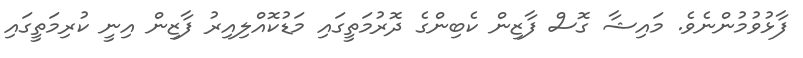
ފާޅުވުމުންނެވެ. މައިޝާ ގޮސް ފާޒިން ކެބިންގެ ދޮރުމަތީގައި މަޑުކޮއްލިއިރު ފާޒިން އިނީ ކުރިމަތީގައި